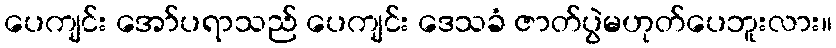
ပေကျင်း အော်ပရာသည် ပေကျင်း ဒေသခံ ဇာတ်ပွဲမဟုတ်ပေဘူးလား။